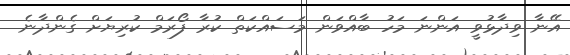
އޭނާ ވިދާޅުވީ އަންނަ މަހު ބާއްވަން މަސައްކަތް ކުރާ ފޯރަމް ކުރިޔަށް ގެންދާނެ